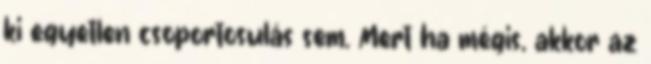
ki egyetlen csoportosulás sem. Mert ha mégis, akkor az